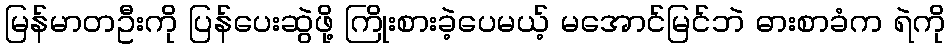
မြန်မာတဦးကို ပြန်ပေးဆွဲဖို့ ကြိုးစားခဲ့ပေမယ့် မအောင်မြင်ဘဲ ဓားစာခံက ရဲကို